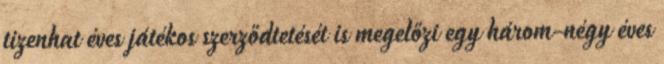
tizenhat éves játékos szerződtetését is megelőzi egy három-négy éves